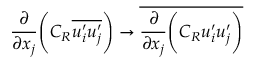
\frac { \partial } { \partial x _ { j } } \Bigg ( C _ { R } \overline { { u _ { i } ^ { \prime } u _ { j } ^ { \prime } } } \Bigg ) \rightarrow \overline { { \frac { \partial } { \partial x _ { j } } \Bigg ( C _ { R } u _ { i } ^ { \prime } u _ { j } ^ { \prime } \Bigg ) } }